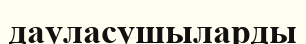
дауласушыларды